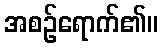
အစဉ်ရောက်၏။